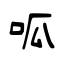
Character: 呱